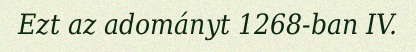
Ezt az adományt 1268-ban IV.